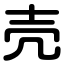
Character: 壳